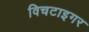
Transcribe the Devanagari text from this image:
विचटाइगर